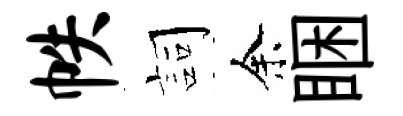
帙詞余睏